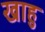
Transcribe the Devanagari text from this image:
खाहु